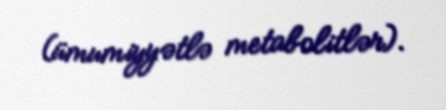
(ümumiyyətlə metabolitlər).